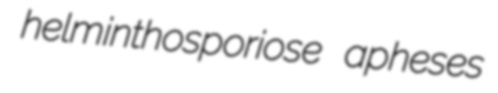
helminthosporiose apheses